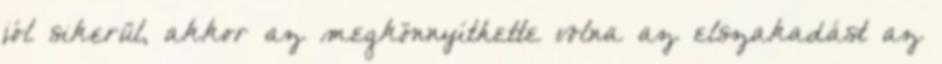
jól sikerül, akkor az megkönnyíthette volna az elszakadást az